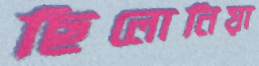
ছিলোনিয়া